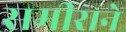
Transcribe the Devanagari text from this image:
समीराने